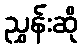
ညွှန်းဆို